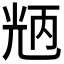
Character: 𠒝